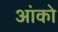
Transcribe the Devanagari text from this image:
आंको